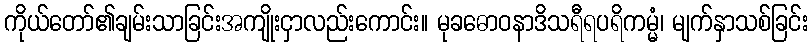
ကိုယ်တော်၏ချမ်းသာခြင်းအကျိုးငှာလည်းကောင်း။ မုခဓောဝနာဒိသရီရပရိကမ္မံ၊ မျက်နှာသစ်ခြင်း